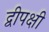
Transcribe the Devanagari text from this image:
द्वीपक्षी